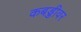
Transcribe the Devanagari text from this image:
कबड्डीवर